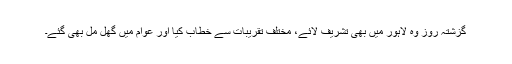
گزشتہ روز وہ لاہور میں بھی تشریف لائے، مختلف تقریبات سے خطاب کیا اور عوام میں گھل مل بھی گئے۔